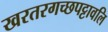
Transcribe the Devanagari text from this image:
खरतरगच्छपट्टावलि